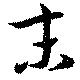
末